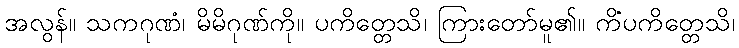
အလွန်။ သကဂုဏံ၊ မိမိဂုဏ်ကို။ ပကိတ္တေသိ၊ ကြားတော်မူ၏။ ကိံပကိတ္တေသိ၊